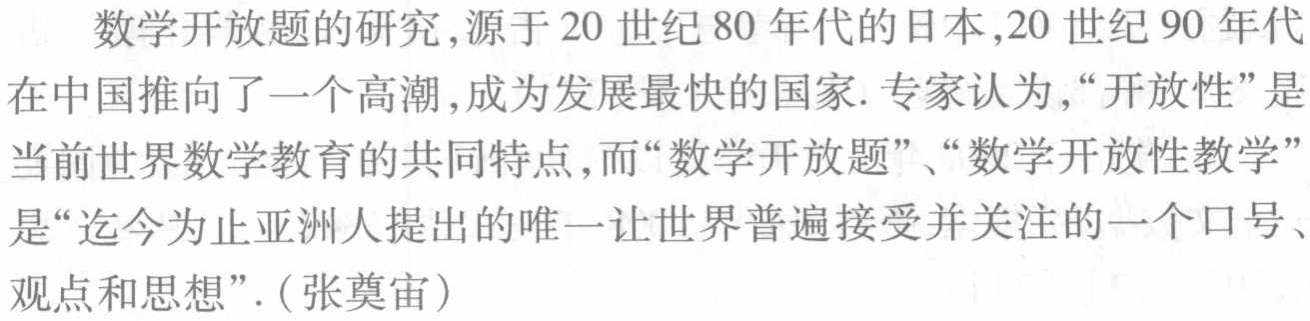
数学开放题的研究,源于20世纪80年代的日本,20世纪90年代在中国推向了一个高潮,成为发展最快的国家. 专家认为,“开放性”是当前世界数学教育的共同特点,而“数学开放题”、“数学开放性教学”是“迄今为止亚洲人提出的唯一让世界普遍接受并关注的一个口号、观点和思想”.（张奠宙）